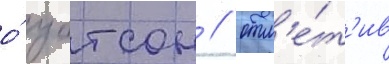
о́ уотсон / отм'е́т'ив